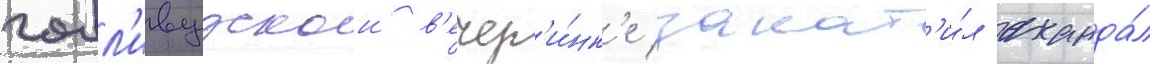
голл'ивудскои в'ечер'и́нк'е закат'и́л сканда́л